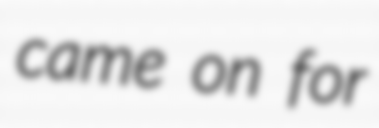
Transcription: came on for